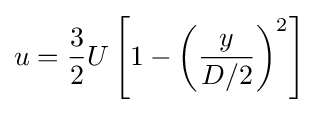
u={\frac {3}{2}}U\left[1-{\left({\frac {y}{D/2}}\right)}^{2}\right]